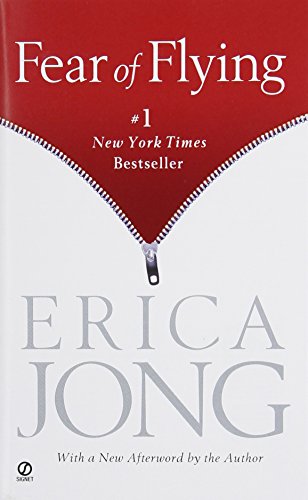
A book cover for Fear of Flying; Erica Jong; Romance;